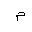
Letter: _mim